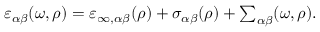
\varepsilon _ { \alpha \beta } ( \omega , \rho ) = \varepsilon _ { \infty , \alpha \beta } ( \rho ) + \sigma _ { \alpha \beta } ( \rho ) + { \textstyle \sum _ { { \alpha \beta } } } ( \omega , \rho ) .